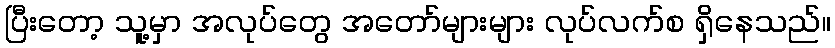
ပြီးတော့ သူ့မှာ အလုပ်တွေ အတော်များများ လုပ်လက်စ ရှိနေသည်။